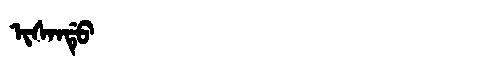
Manchu: ᡳᠰᠠᠨᡩᡠ
Romanization: ISANDU